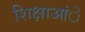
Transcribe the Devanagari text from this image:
शिक्षाआंे